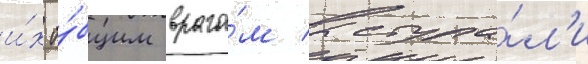
и́х о́бщим враго́м выступа́л'и